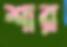
শার